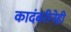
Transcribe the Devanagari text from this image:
कादंबरीनेही